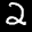
Label: 2